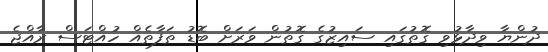
ދުންޔާ ވިދާޅުވި ގޮތުގައި ސައިޒުގެ ގޮތުން ވަރަށް ބޮޑު ތަފާތެއް ހުއްޓަސް ރާއްޖެ